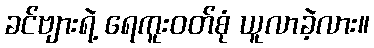
ခင်ဗျားရဲ့ ရေကူးဝတ်စုံ ယူလာခဲ့လား။